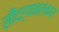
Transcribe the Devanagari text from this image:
सौंदर्यमलंकार